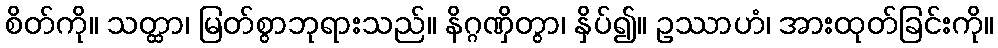
စိတ်ကို။ သတ္ထာ၊ မြတ်စွာဘုရားသည်။ နိဂ္ဂဏှိတွာ၊ နှိပ်၍။ ဥဿာဟံ၊ အားထုတ်ခြင်းကို။